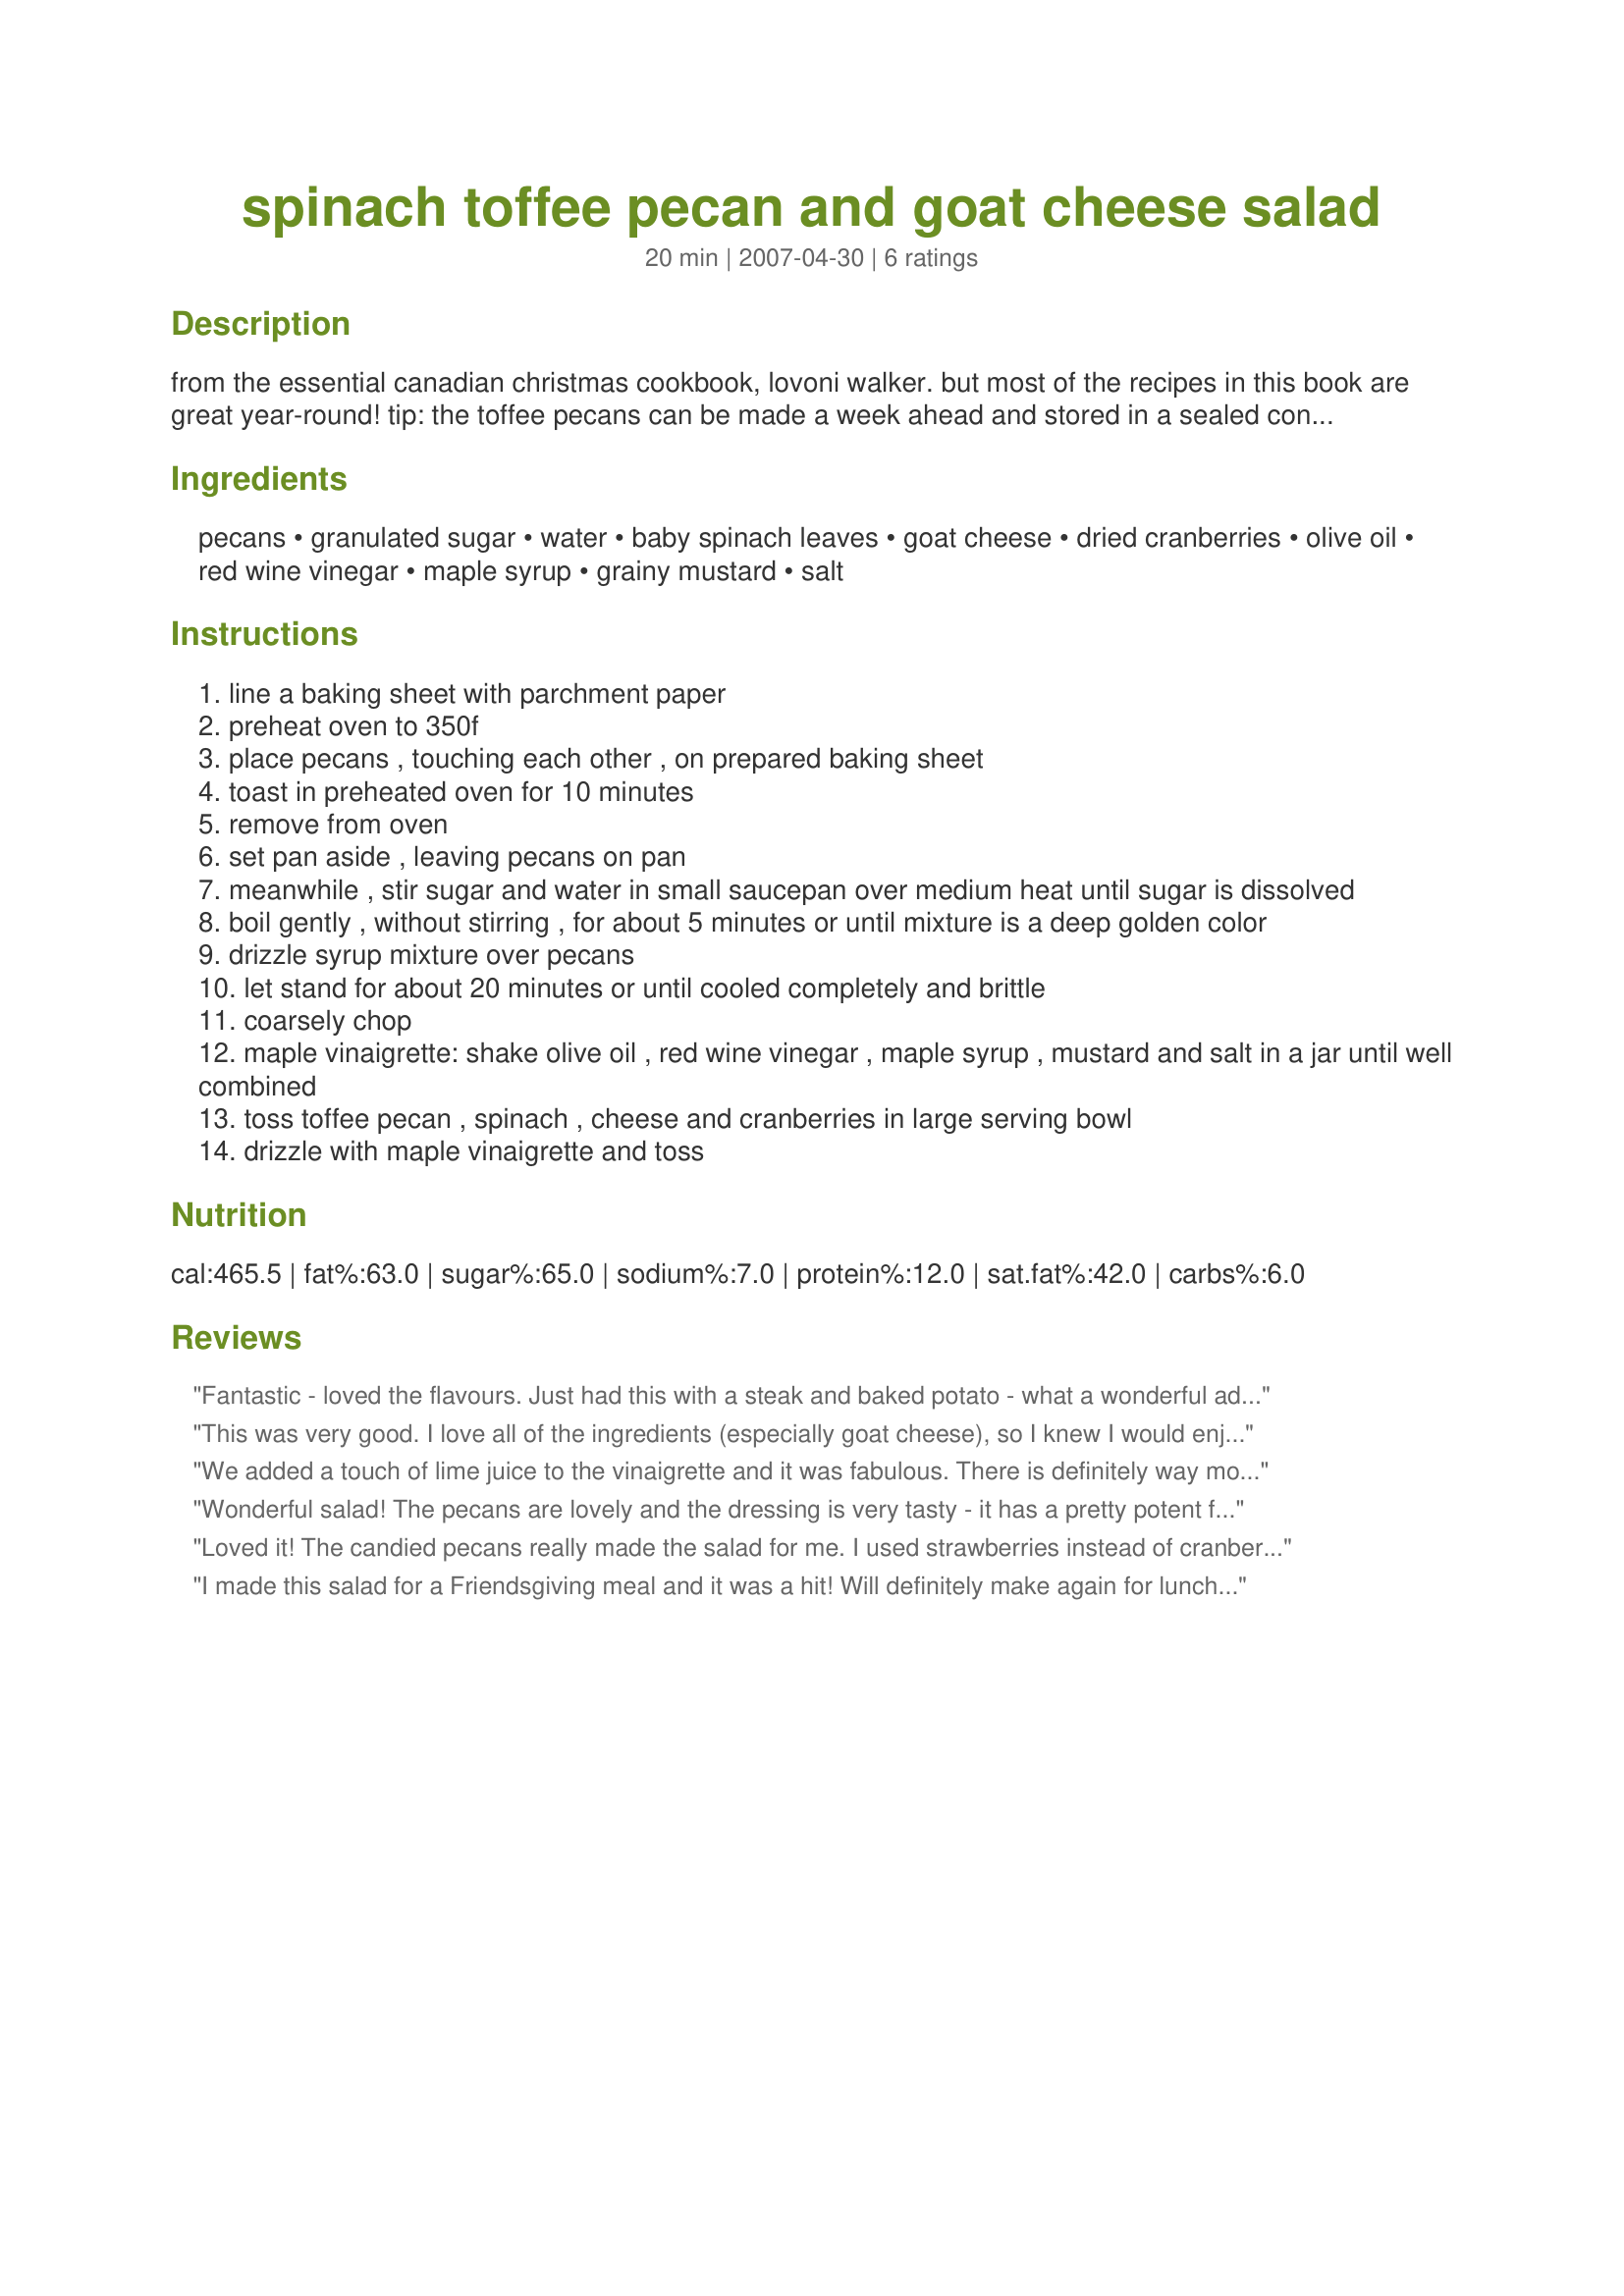
spinach toffee pecan and goat cheese salad
Preparation time: 20 minutes

from the essential canadian christmas cookbook, lovoni walker. but most of the recipes in this book are great year-round!
tip: the toffee pecans can be made a week ahead and stored in a sealed container. the maple vinaigrette can be made 3 days ahead and stored in the refrigerator.

Ingredients:
pecans, granulated sugar, water, baby spinach leaves, goat cheese, dried cranberries, olive oil, red wine vinegar, maple syrup, grainy mustard, salt

Steps:
line a baking sheet with parchment paper
preheat oven to 350f
place pecans , touching each other , on prepared baking sheet
toast in preheated oven for 10 minutes
remove from oven
set pan aside , leaving pecans on pan
meanwhile , stir sugar and water in small saucepan over medium heat until sugar is dissolved
boil gently , without stirring , for about 5 minutes or until mixture is a deep golden color
drizzle syrup mixture over pecans
let stand for about 20 minutes or until cooled completely and brittle
coarsely chop
maple vinaigrette: shake olive oil , red wine vinegar , maple syrup , mustard and salt in a jar until well combined
toss toffee pecan , spinach , cheese and cranberries in large serving bowl
drizzle with maple vinaigrette and toss

Reviews:
Fantastic - loved the flavours. Just had this with a steak and baked potato - what a wonderful addition....mmmmmmm...
This was very good. I love all of the ingredients (especially goat cheese), so I knew I would enjoy this salad. The dressing was a bit bland for me. I cut it in half (plenty for this amount of salad), but kept the amount of vinegar the same (in other words, I doubled the vinegar). I like my dressings zippy. I had a difficult time with the pecans too. The sugar mixture never browned, perhaps because I used a non-stick pan? Next time I will use another method, where you cook the pecans with just sugar in a skillet until the sugar melts and sticks to the pecans. That method works better for me. Thanks for sharing, I will make this again!
We added a touch of lime juice to the vinaigrette and it was fabulous. There is definitely way more than enough dressing... we probably drizzled 1/2 of it over the salad and it was plenty! Everyone loved the pecans the best! Thanks for the recipe:)
Wonderful salad! The pecans are lovely and the dressing is very tasty - it has a pretty potent flavor, however, so I recommend adding it to the salad in small amounts so you don't overwhelm it. Thanks for sharing!
Loved it! The candied pecans really made the salad for me. I used strawberries instead of cranberries and it was wonderful!
I made this salad for a Friendsgiving meal and it was a hit! Will definitely make again for lunch sometime.
